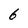
Character: 6